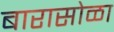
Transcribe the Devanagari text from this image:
बारासोळा